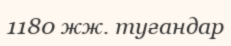
1180 жж. туғандар